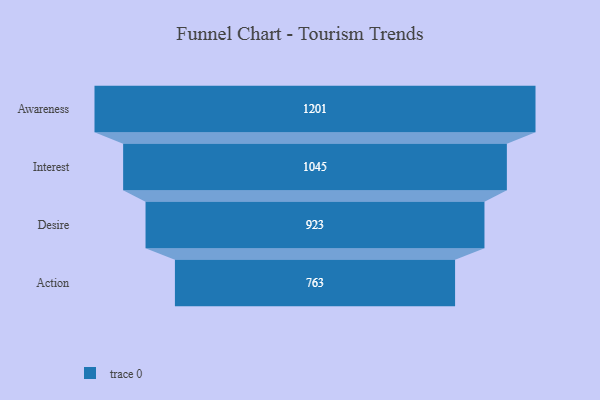
{"axis": {"x": "Stage", "y": "Value"}, "legend": [""], "data": [{"x": "Awareness", "y": 1201.0, "type": ""}, {"x": "Interest", "y": 1045.0, "type": ""}, {"x": "Desire", "y": 923.0, "type": ""}, {"x": "Action", "y": 763.0, "type": ""}]}